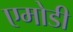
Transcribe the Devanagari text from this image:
एमोडी